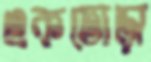
একতোড়া